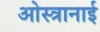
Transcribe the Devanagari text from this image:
ओस्त्रानाई